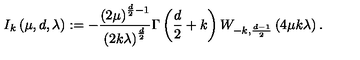
I _ { k } \left( \mu , d , \lambda \right) : = - \frac { \left( 2 \mu \right) ^ { \frac { d } { 2 } - 1 } } { \left( 2 k \lambda \right) ^ { \frac { d } { 2 } } } \Gamma \left( \frac { d } { 2 } + k \right) W _ { - k , \frac { d - 1 } { 2 } } \left( 4 \mu k \lambda \right) .